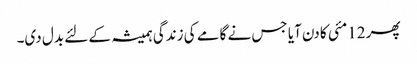
پھر 12مئی کا دن آیا جس نے گامے کی زندگی ہمیشہ کے لئے بدل دی۔